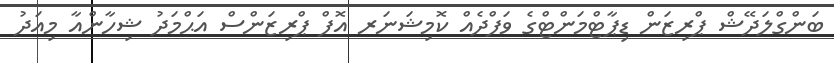
ބަންގްލަދޭޝް ޕްރިޒަން ޑިޕާޓްމަންޓްގެ ވަފްދެއް ކޮމިޝަނަރ އޮފް ޕްރިޒަންސް އަޙްމަދު ޝިހާންއާ މިއަދު